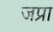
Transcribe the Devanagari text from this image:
जप्रा